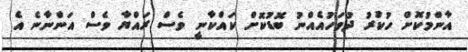
އާންމުކޮށް ހުކުރު ދުވަހުއެއްނު ބޮޑުކޮށް ކައްކާނީ ވެސް ރައްޔާ ވެސް އަންނާނެ އެ